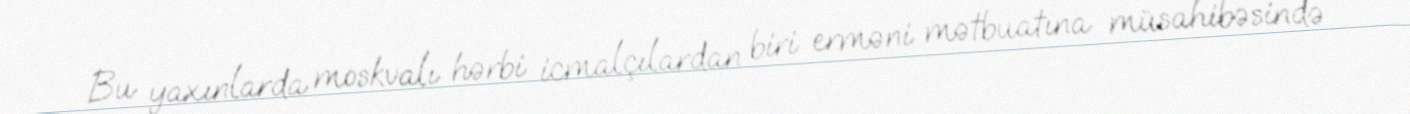
Bu yaxınlarda moskvalı hərbi icmalçılardan biri erməni mətbuatına müsahibəsində